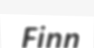
Finn